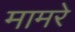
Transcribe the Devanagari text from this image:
मामरे